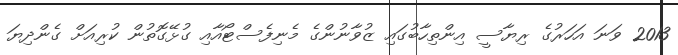
2013 ވަނަ އަހަރުގެ ރިޔާސީ އިންތިހާބުގައި ޒުވާނުންގެ މެނިފެސްޓޯއާއި ގުޅޭގޮތުން ކުރިއަށް ގެންދިޔަ